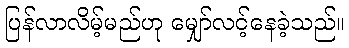
ပြန်လာလိမ့်မည်ဟု မျှော်လင့်နေခဲ့သည်။